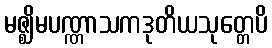
မဇ္ဈိမပဏ္ဏာသကဒုတိယသုတ္တေပိ